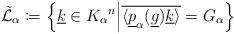
LaTeX: \begin{align*}\tilde{\mathcal{L}}_{\alpha}\coloneqq\left\{ \underline{k}\in{K_{\alpha}}^{n}\middle|\overline{\langle\underline{p}_{\alpha}(\underline{g})\underline{k}\rangle}=G_{\alpha}\right\} \end{align*}